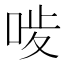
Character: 𠳰